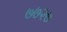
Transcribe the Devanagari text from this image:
७७२७